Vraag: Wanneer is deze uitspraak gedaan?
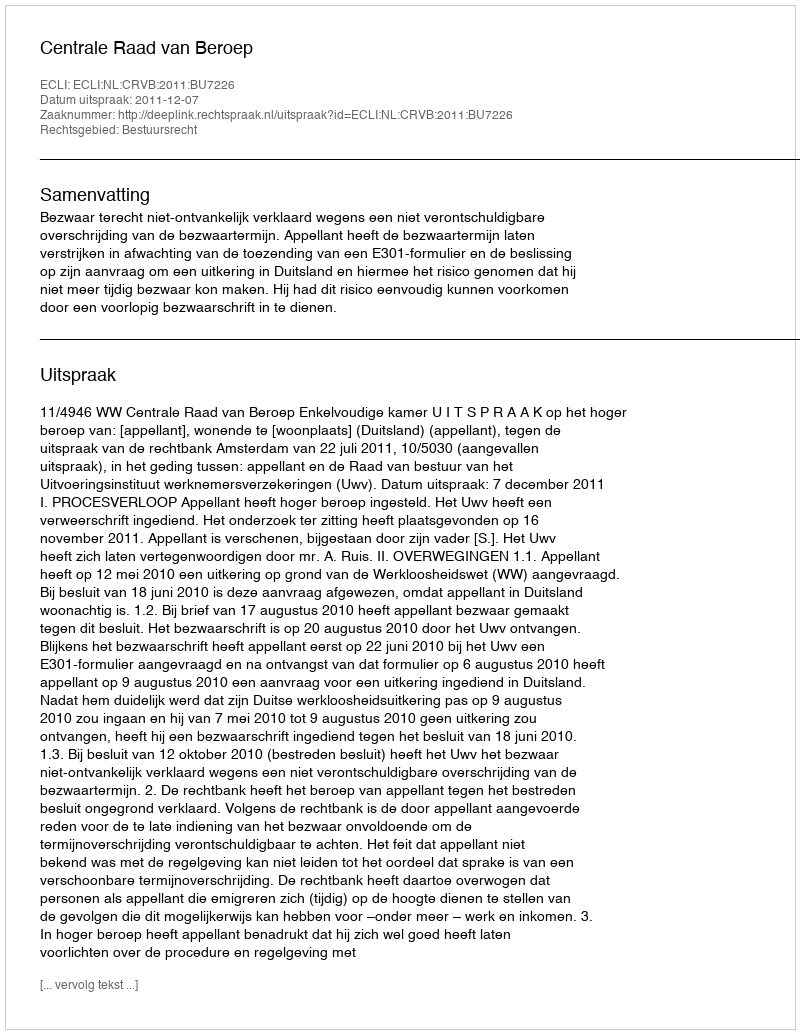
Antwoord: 2011-12-07